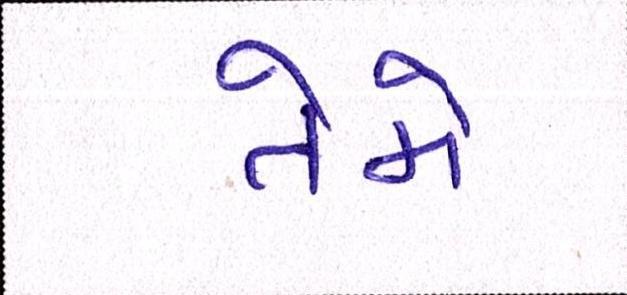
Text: તેમે